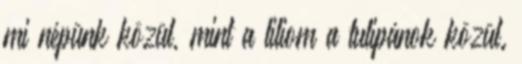
mi népünk közül, mint a liliom a tulipánok közül.